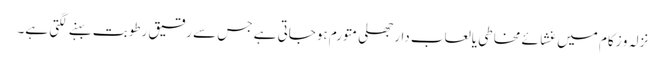
نزلہ و زکام میں غَشائے مخاطی یالعاب دارجھلی متورم ہوجاتی ہے جس سے رقیق رطوبت بہنے لگتی ہے۔